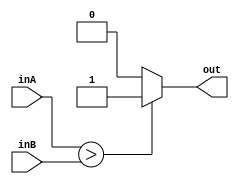
module comparator (inA, inB, out);
  parameter N = 7;
  input [N:0] inA, inB;
  output reg out;

    always@(inA or inB)
    begin 
      if (inA > inB) 
        out <= 1'b1;
      else
	out <= 1'b0;
    end
endmodule // comparator